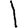
Digit: 1